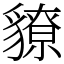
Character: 䝤